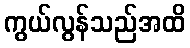
ကွယ်လွန်သည်အထိ